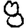
Digit: 8